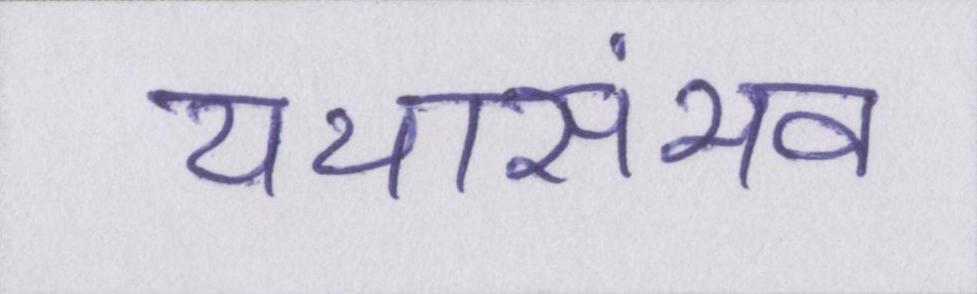
यथासंभव